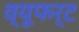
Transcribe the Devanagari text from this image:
व्यूफर्ट